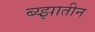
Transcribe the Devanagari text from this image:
ब्य्झातीन